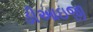
ડીઆઇજી